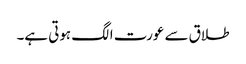
طلاق سے عورت الگ ہوتی ہے۔